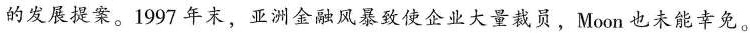
的发展提案。1997年末，亚洲金融风暴致使企业大量裁员，Moon也未能幸免。